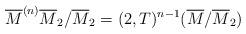
LaTeX: \begin{align*}\overline{M}^{(n)}\overline{M}_2/\overline{M}_2= (2,T)^{n-1} (\overline{M}/\overline{M}_2) \end{align*}